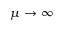
\mu \to \infty